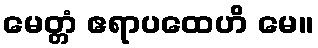
မေတ္တံ ဧရာပထေဟိ မေ။